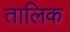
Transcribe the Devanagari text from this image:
तालिक